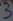
Text: 3